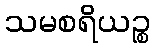
သမစရိယဉ္စ